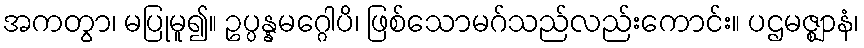
အကတွာ၊ မပြုမူ၍။ ဥပ္ပန္နမဂ္ဂေါပိ၊ ဖြစ်သောမဂ်သည်လည်းကောင်း။ ပဌမဇ္ဈာနံ၊